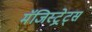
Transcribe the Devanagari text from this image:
मॅजिस्ट्रेट्स